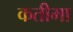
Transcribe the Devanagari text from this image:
कतीमा